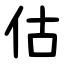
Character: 估